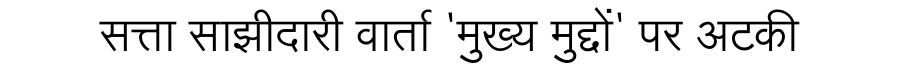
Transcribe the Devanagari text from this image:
सत्ता साझीदारी वार्ता 'मुख्य मुद्दों' पर अटकी